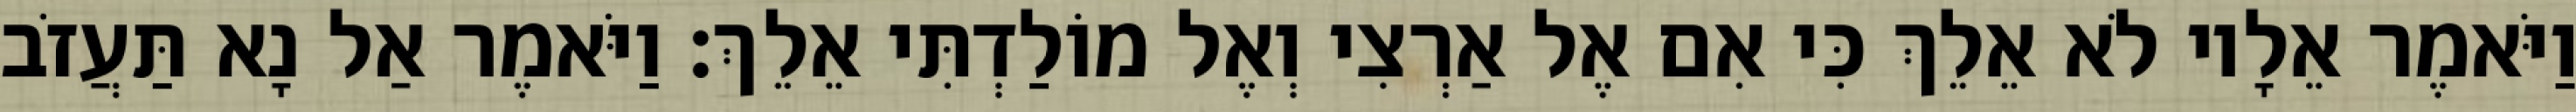
וַיֹּאמֶר אֵלָיו לֹא אֵלֵךְ כִּי אִם אֶל אַרְצִי וְאֶל מוֹלַדְתִּי אֵלֵךְ׃ וַיֹּאמֶר אַל נָא תַּעֲזֹב